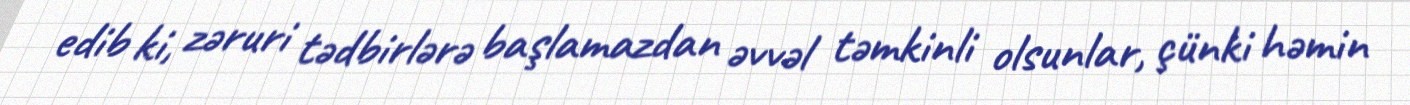
edib ki, zəruri tədbirlərə başlamazdan əvvəl təmkinli olsunlar, çünki həmin